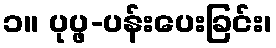
၁။ ပုပ္ဖ-ပန်းပေးခြင်း၊